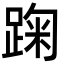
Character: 踘